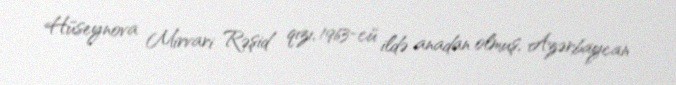
Hüseynova Mirvari Rəşid qızı, 1963-cü ildə anadan olmuş, Azərbaycan